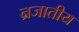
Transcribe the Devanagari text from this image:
न्रजातीय